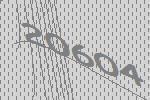
20604